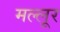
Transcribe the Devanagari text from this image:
मल्लूर